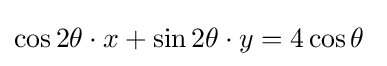
\cos 2\theta \cdot x+\sin 2\theta \cdot y=4\cos \theta \